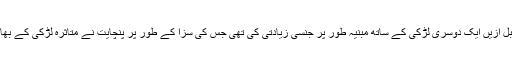
پولیس کا کہنا ہے کہ متاثرہ لڑکی کے بھائی نے قبل ازیں ایک دوسری لڑکی کے ساتھ مبنیہ طور پر جنسی زیادتی کی تھی جس کی سزا کے طور پر پنچایت نے متاثرہ لڑکی کے بھائی کو ملزم کی بہن سے زیادتی کرنے کا حکم دیا۔